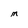
Character: M